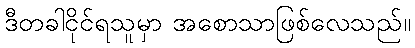
ဒီတခါငိုင်ရသူမှာ အစောသာဖြစ်လေသည်။